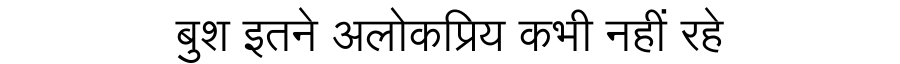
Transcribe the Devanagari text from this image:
बुश इतने अलोकप्रिय कभी नहीं रहे